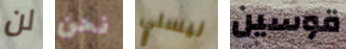
لن نحن ليسلي قوسين